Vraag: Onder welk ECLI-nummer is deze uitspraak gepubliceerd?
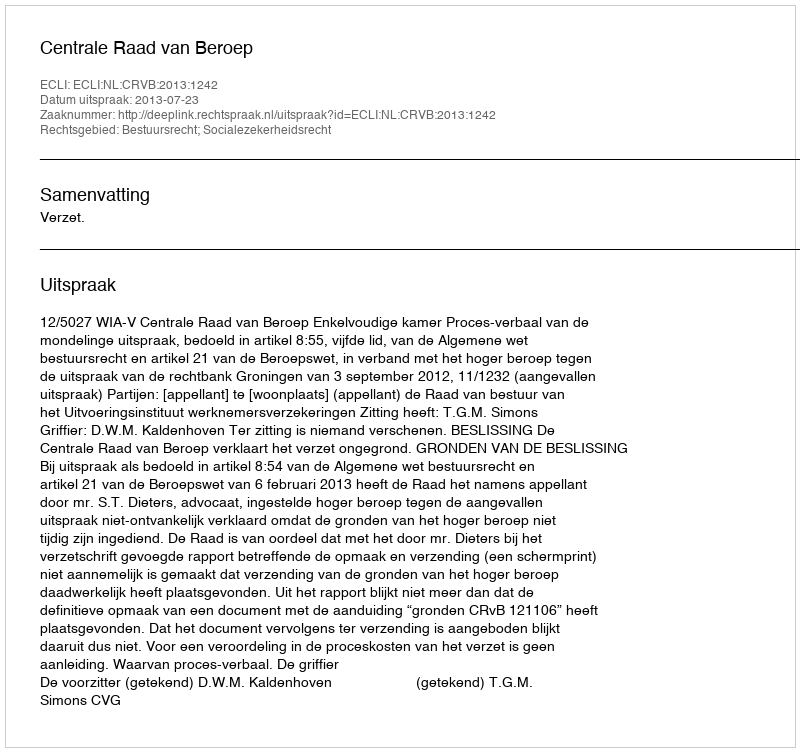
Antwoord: ECLI:NL:CRVB:2013:1242